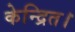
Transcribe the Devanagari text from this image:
केन्द्रित।